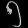
Digit: ၅